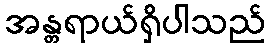
အန္တရာယ်ရှိပါသည်